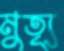
মুত্যৃ